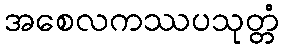
အစေလကဿပသုတ္တံ